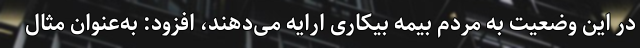
در این وضعیت به مردم بیمه بیکاری ارایه می‌دهند، افزود: به‌عنوان مثال